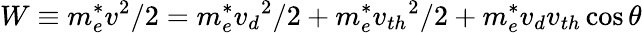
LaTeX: W\equiv m_{e}^{*}v^{2}/2=m_{e}^{*}{v_{d}}^{2}/2+m_{e}^{*}{v_{th}}^{2}/2+m_{e}^{*}{v_{d}}{v_{th}}\cos{\theta}